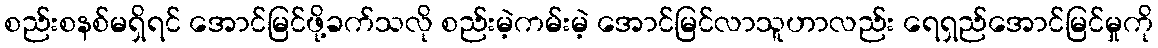
စည်းစနစ်မရှိရင် အောင်မြင်ဖို့ခက်သလို စည်းမဲ့ကမ်းမဲ့ အောင်မြင်လာသူဟာလည်း ရေရှည်အောင်မြင်မှုကို